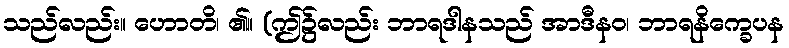
သည်လည်း။ ဟောတိ၊ ၏။ (ဤ၌လည်း ဘာရဒါနသည် အာဒီနဝ၊ ဘာရနိက္ခေပန